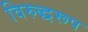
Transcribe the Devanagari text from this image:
विरुद्धरूप